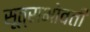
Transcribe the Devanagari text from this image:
सूत्राभोवती